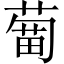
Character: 𦹣